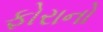
ફોરાનો